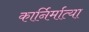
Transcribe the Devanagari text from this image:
कार्निर्मात्या